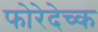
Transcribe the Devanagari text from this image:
फोरेदेच्क